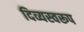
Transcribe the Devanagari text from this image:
दिव्यस्वरूप